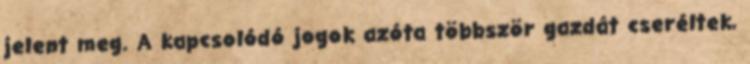
jelent meg. A kapcsolódó jogok azóta többször gazdát cseréltek,